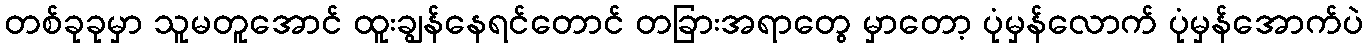
တစ်ခုခုမှာ သူမတူအောင် ထူးချွန်နေရင်တောင် တခြားအရာတွေ မှာတော့ ပုံမှန်လောက် ပုံမှန်အောက်ပဲ